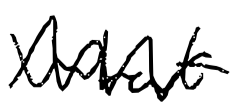
Text: what
Cross-out: zig-zag
Writing tool: digital_black